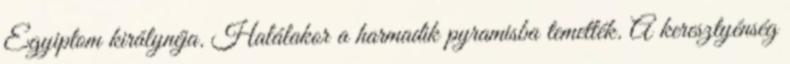
Egyiptom királynéja. Halálakor a harmadik pyramisba temették. A keresztyénség